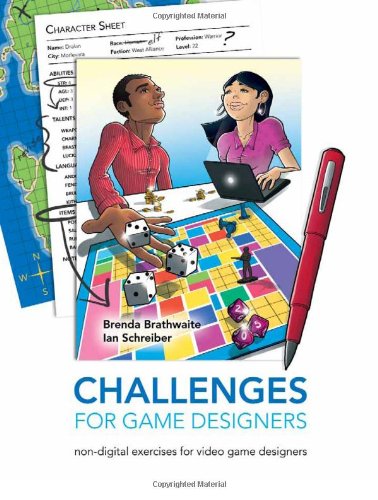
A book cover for Challenges for Game Designers; Brenda Brathwaite; Computers & Technology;